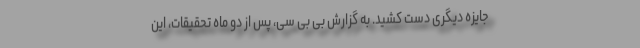
جایزه دیگری دست کشید. به گزارش بی بی سی، پس از دو ماه تحقیقات، این